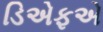
ડિએફએ